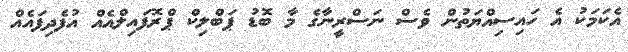
އެކަމަކު އެ ހައިސިއްޔަތުން ވެސް ނަސްރީނާގެ މާ ބޮޑު ޕަބްލިކް ޕްރޮފައިލްއެއް އުފެދިފައެއް